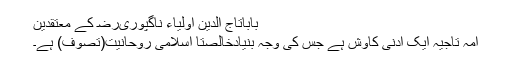
باباتاج الدین اولیاء ناگپوریﺭﺿ کے معتقدین
امہ تاجیہ ایک ادنیٰ کاوش ہے جس کی وجہ بنیادخالصتاً اسلامی روحانیت(تصوف) ہے۔